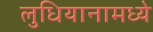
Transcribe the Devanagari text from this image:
लुधियानामध्ये